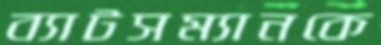
ব্যাটসম্যানকে